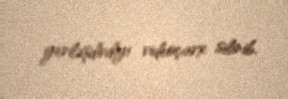
yerləşdirdiyi videoçarx silinib.